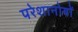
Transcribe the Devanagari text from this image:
परेशानोयों